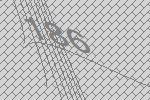
186